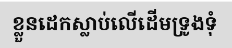
ខ្លួនដេកស្លាប់លើដើមទ្រូងទុំ